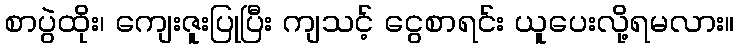
စာပွဲထိုး၊ ကျေးဇူးပြုပြီး ကျသင့် ငွေစာရင်း ယူပေးလို့ရမလား။